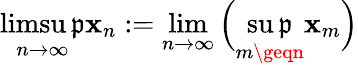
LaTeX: \operatorname*{limsu\mathfrak{p}}_{n\to\infty}\mathbf{x}_{n}:=\operatorname*{lim}_{n\to\infty}{\Big(}\operatorname*{su\mathfrak{p}}_{m\geqn}\mathbf{x}_{m}{\Big)}